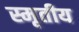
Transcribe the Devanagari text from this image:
स्मृतीय